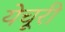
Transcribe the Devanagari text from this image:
येचूरी